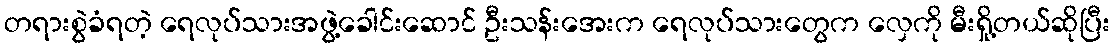
တရားစွဲခံရတဲ့ ရေလုပ်သားအဖွဲ့ခေါင်းဆောင် ဦးသန်းအေးက ရေလုပ်သားတွေက လှေကို မီးရှို့တယ်ဆိုပြီး